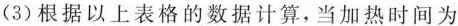
(3)根据以上表格的数据计算，当加热时间为